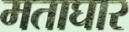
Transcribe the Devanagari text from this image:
मताघार